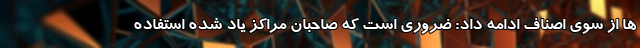
ها از سوی اصناف ادامه داد: ضروری است که صاحبان مراکز یاد شده استفاده